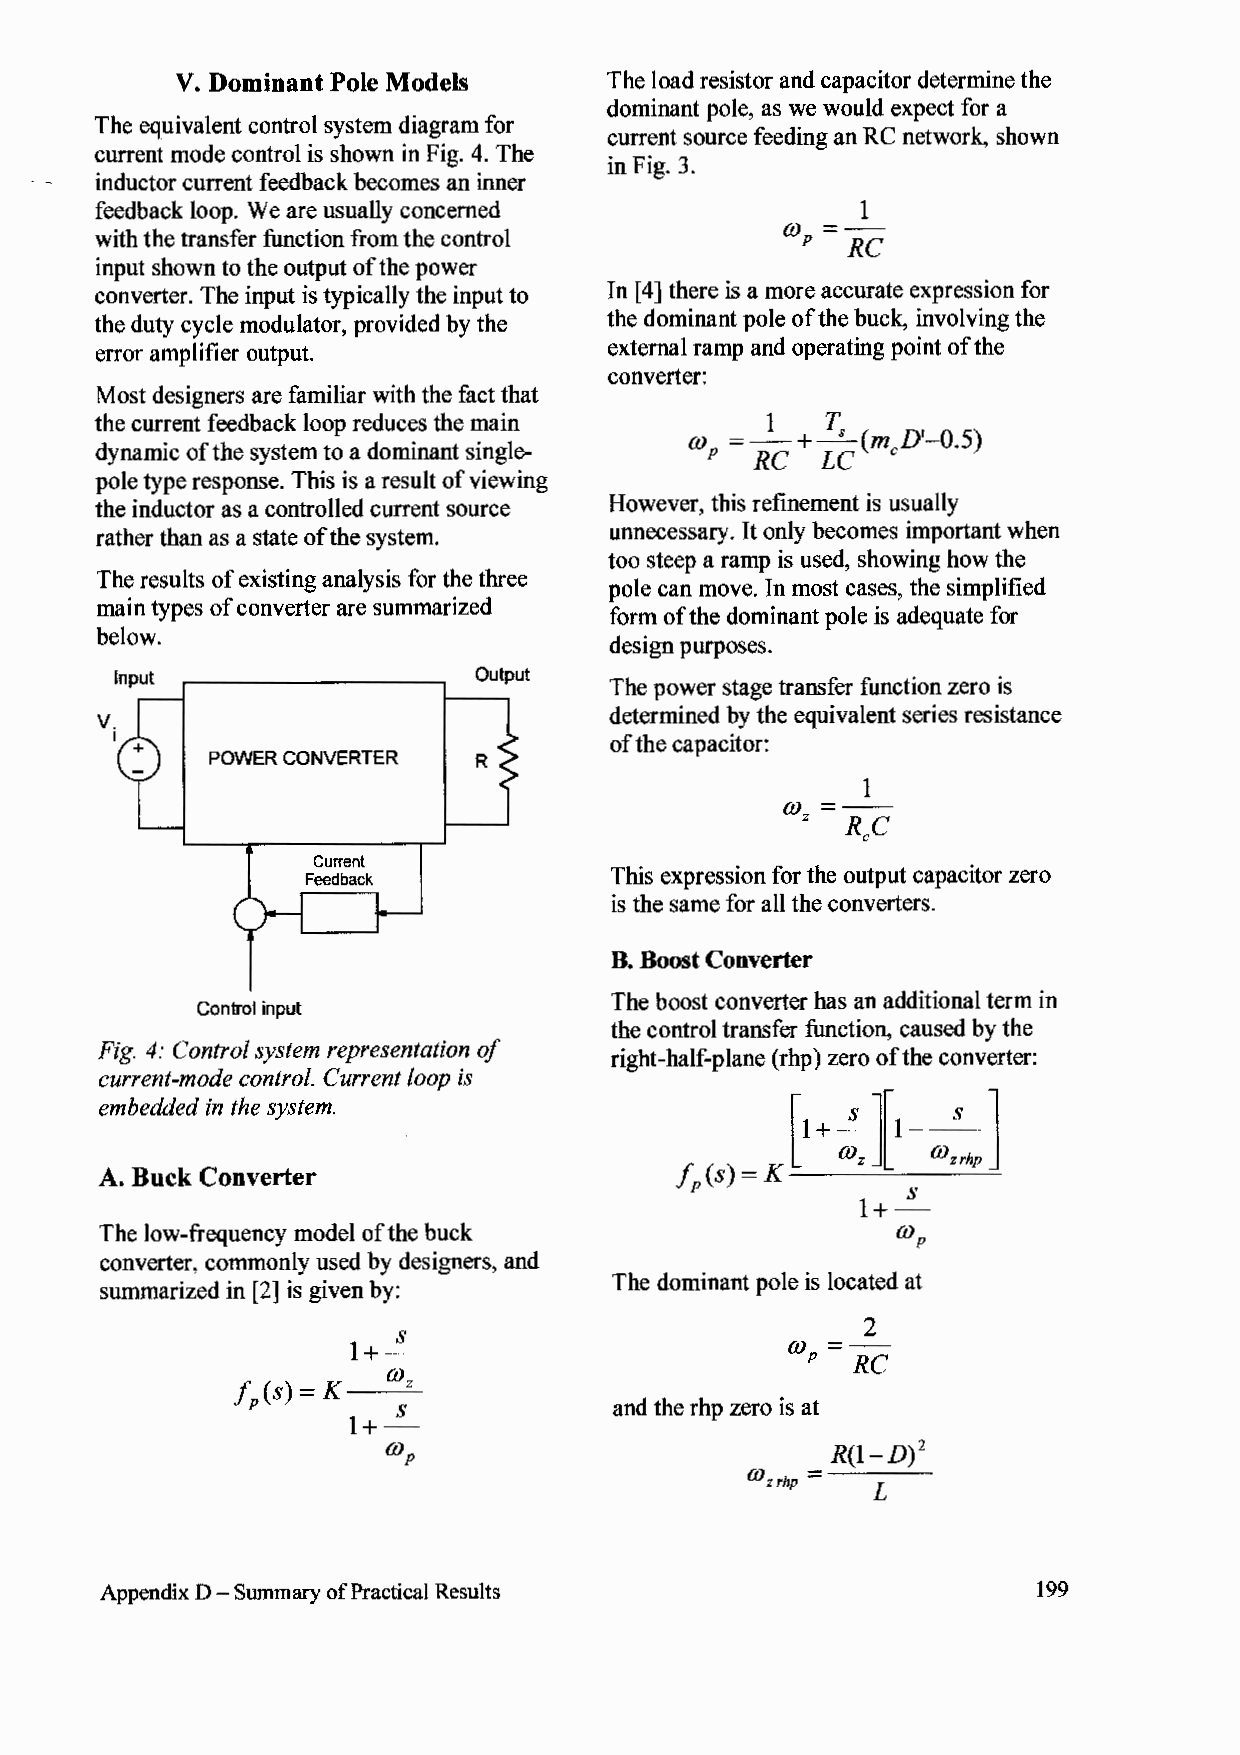
V. Dominant Pole Models     The load resistor and capacitor determine the
 dominant pole, as we would expect for a
 The equivalent control system diagram for
 current source feeding an RC network, shown
 current mode control is shown in Fig. 4. The
 in Fig. 3.
 inductor current feedback becomes an inner
 feedback loop. We are usually concerned            1
 OJ =--
 with the transfer function from the control       RC
 p
 input shown to the output of the power
 converter. The input is typically the input to In [4 ] there is a more accurate expression for
 the duty cycle modulator, provided by the the dominant pole of the buck, involving the
 error amplifier output.           external ramp and operating point of the
 converter:
 Most designers are familiar with the fact that
 the current feedback loop reduces the main   1
 OJ =--+  Ts (m D'-0.5)
 dynamic of the system to a dominant single- RC  LC
 p           C
 pole type response. This is a result of viewing
 the inductor as a controlled current source However, this refinement is usually
 rather than as a state of the system. unnecessary. It only becomes important when
 too steep a ramp is used, showing how the
 The results of existing analysis for the three
 pole can move. In most cases, the simplified
 main types of converter are summarized
 form of the dominant pole is adequate for
 below.
 design purposes.
 Output
 The power stage transfer function zero is
 determined by the equivalent series resistance
 of the capacitor:
 POWER CONVERTER  R
 1
 OJ=--
 RC
 z
 C
 Current
 This expression for the output capacitor zero
 Feedback
 is the same for all the converters.
 B. Boost Converter
 The boost converter has an additional term in
 Control input
 the control transfer function, caused by the
 Fig. 4: Control system representation of
 right-half-plane (rhp) zero of the converter:
 current-mode control. Current loop is
 embedded in the system.                       [1! ][1 ----;/ -]
 +
 A. Buck Converter                      f (s) = K   z     zrhp
 p             s
 1+-
 The low-frequency model of the buck
 0JP
 converter, commonly used by designers, and
 The dominant pole is located at
 summarized in [2] is given by:
 2
 OJ =--
 RC
 p
 and the rhp zero is at
 R(l-D)2
 =
 (J)z rhp
 L
 Appendix D - Summary of Practical Results                    199